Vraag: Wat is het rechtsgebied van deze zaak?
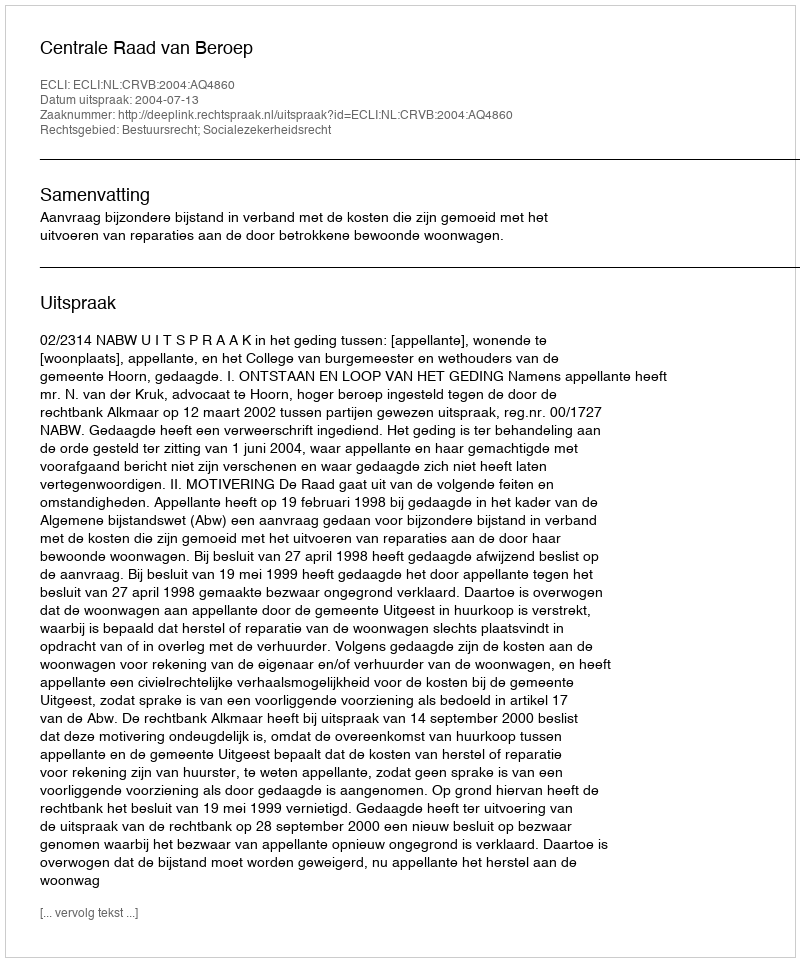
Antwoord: Bestuursrecht; Socialezekerheidsrecht